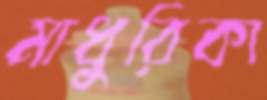
মাধুরিকা